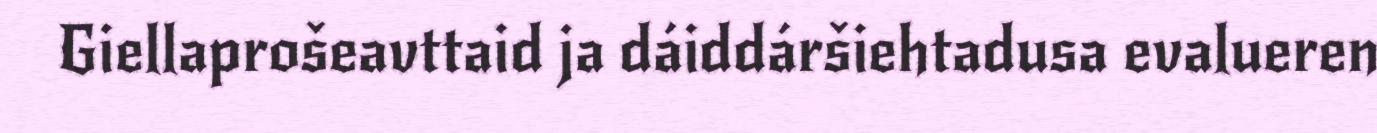
Giellaprošeavttaid ja dáiddáršiehtadusa evalueren